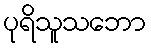
ပုရိသူသဘော